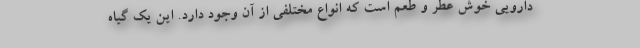
دارویی خوش عطر و طعم است که انواع مختلفی از آن وجود دارد. این یک گیاه